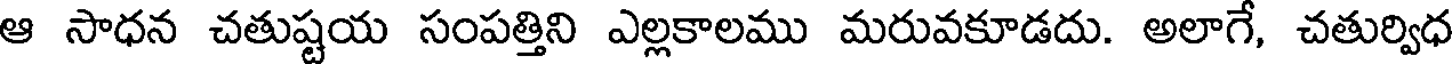
ఆ సాధన చతుష్టయ సంపత్తిని ఎల్లకాలము మరువకూడదు. అలాగే, చతుర్విధ